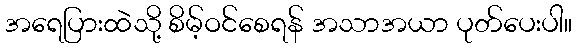
အရေပြားထဲသို့ စိမ့်ဝင်စေရန် အသာအယာ ပုတ်ပေးပါ။